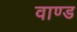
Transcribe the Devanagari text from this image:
वाण्ड